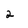
Character: 2